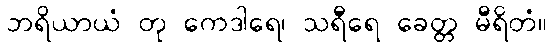
ဘရိယာယံ တု ကေဒါရေ၊ သရီရေ ခေတ္တ မီရိတံ။